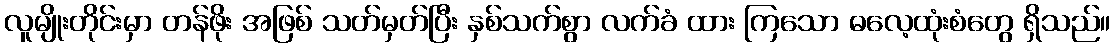
လူမျိုးတိုင်းမှာ တန်ဖိုး အဖြစ် သတ်မှတ်ပြီး နှစ်သက်စွာ လက်ခံ ထား ကြသော ဓလေ့ထုံးစံတွေ ရှိသည်။